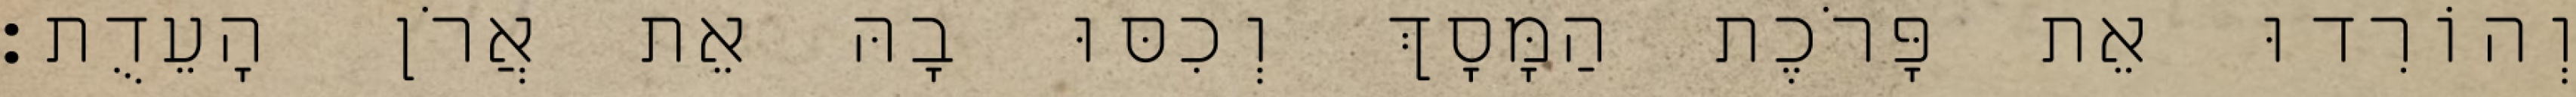
וְהוֹרִדוּ אֵת פָּרֹכֶת הַמָּסָךְ וְכִסּוּ בָהּ אֵת אֲרֹן הָעֵדֻת׃